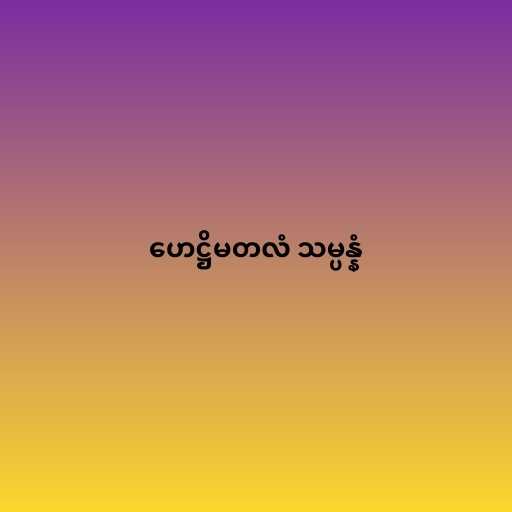
ဟေဋ္ဌိမတလံ သမ္ပန္နံ